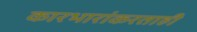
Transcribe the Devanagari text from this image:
कारभारांकरताही